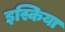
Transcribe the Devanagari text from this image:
इस्किया